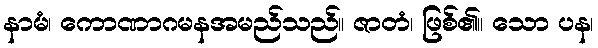
နာမံ၊ ကောဏာဂမနအမည်သည်။ ဇာတံ၊ ဖြစ်၏။ သော ပန၊